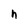
Character: h